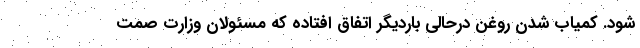
شود. کمیاب شدن روغن درحالی باردیگر اتفاق افتاده که مسئولان وزارت صمت